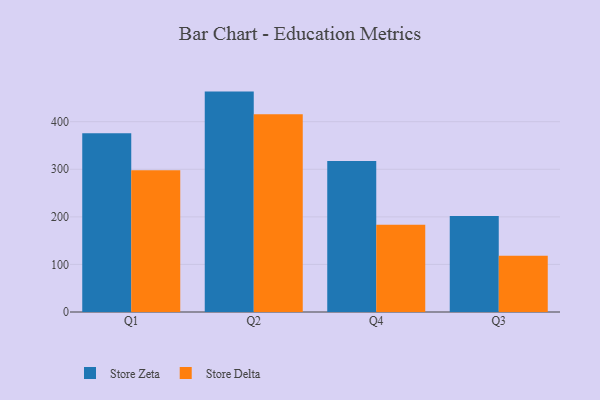
{"axis": {"x": "Quarter", "y": "Shipments"}, "legend": ["Store Delta", "Store Zeta"], "data": [{"x": "Q1", "y": 375.6, "type": "Store Zeta"}, {"x": "Q1", "y": 298.0, "type": "Store Delta"}, {"x": "Q2", "y": 463.3, "type": "Store Zeta"}, {"x": "Q2", "y": 415.7, "type": "Store Delta"}, {"x": "Q4", "y": 317.6, "type": "Store Zeta"}, {"x": "Q4", "y": 183.4, "type": "Store Delta"}, {"x": "Q3", "y": 201.6, "type": "Store Zeta"}, {"x": "Q3", "y": 118.0, "type": "Store Delta"}]}